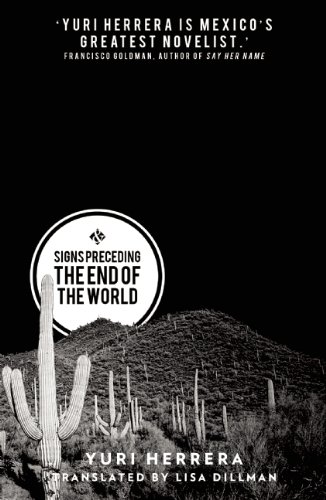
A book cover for Signs Preceding the End of the World; Yuri Herrera; Literature & Fiction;